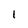
Character: 1